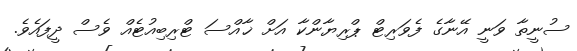
ސުނީތާ ވަނީ އޭނާގެ ފެވަރިޓް ޕްރިޔާންކާ އަށް ޚާއްސަ ޓްރިބިއުޓެއް ވެސް ދީފައެވެެ.